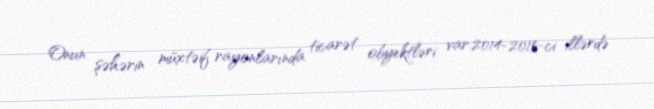
Onun şəhərin müxtəif rayonlarında ticarət obyektləri var.2014-2015-ci illərdə